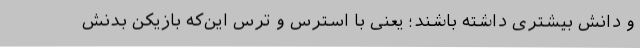
و دانش بیشتری داشته باشند؛ یعنی با استرس و ترس این‌که بازیکن بدنش